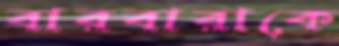
বারবারাকে